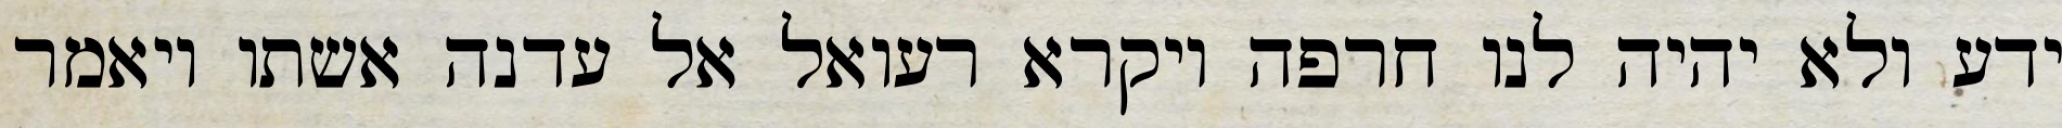
ידע ולא יהיה לנו חרפה ויקרא רעואל אל עדנה אשתו ויאמר